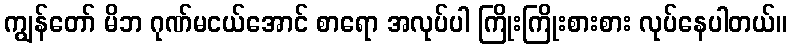
ကျွန်တော် မိဘ ဂုဏ်မငယ်အောင် စာရော အလုပ်ပါ ကြိုးကြိုးစားစား လုပ်နေပါတယ်။